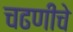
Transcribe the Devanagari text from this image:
चढणीचे